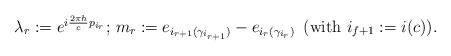
\begin{align*}\mbox{$\lambda_r:=e^{i\frac{2\pi h}{c}{p_{i_r}}}$; $m_r:=e_{i_{r+1}(\gamma_{i_{r+1}})}-e_{i_{r}(\gamma_{i_{r}})}$\, (with $i_{f+1}:=i(c)$)}.\end{align*}